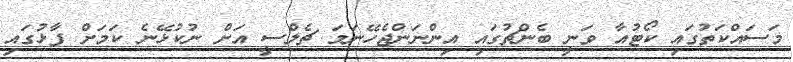
މަސައްކަތުގައި ކޯޓުއާ ވަނީ ބެންޗުގައި އިންނަންޖެހޭނަމަ ޗެލްސީ އަށް ނުކުޅޭނެ ކަމަށް ފާޅުގައި